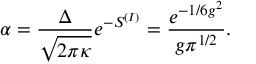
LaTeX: \alpha = \frac { \Delta } { \sqrt { 2 \pi \kappa } } e ^ { - S ^ { ( I ) } } = \frac { e ^ { - 1 / 6 g ^ { 2 } } } { g \pi ^ { 1 / 2 } } .